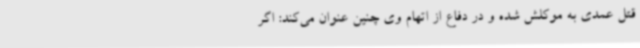
قتل عمدی به موکلش شده و در دفاع از اتهام وی چنین عنوان می‌کند: اگر